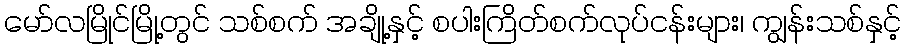
မော်လမြိုင်မြို့တွင် သစ်စက် အချို့နှင့် စပါးကြိတ်စက်လုပ်ငန်းများ၊ ကျွန်းသစ်နှင့်